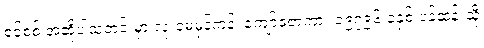
စင်စစ် အဆိုပါသတင်းမှာ လုံးဝမမှန်ကန်၊ ကျော်ဇောကား ၁၉၇၉၆ ခုနှစ် ပန်ဆန်းသို့